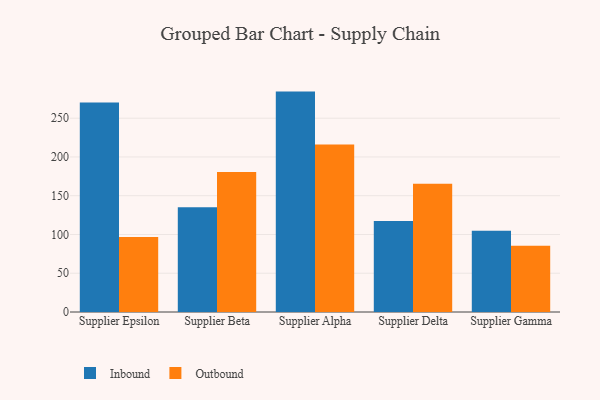
{"axis": {"x": "Supplier", "y": "Headcount"}, "legend": ["Inbound", "Outbound"], "data": [{"x": "Supplier Epsilon", "y": 270.2, "type": "Inbound"}, {"x": "Supplier Epsilon", "y": 96.6, "type": "Outbound"}, {"x": "Supplier Beta", "y": 135.2, "type": "Inbound"}, {"x": "Supplier Beta", "y": 180.7, "type": "Outbound"}, {"x": "Supplier Alpha", "y": 284.3, "type": "Inbound"}, {"x": "Supplier Alpha", "y": 216.2, "type": "Outbound"}, {"x": "Supplier Delta", "y": 117.5, "type": "Inbound"}, {"x": "Supplier Delta", "y": 165.4, "type": "Outbound"}, {"x": "Supplier Gamma", "y": 104.7, "type": "Inbound"}, {"x": "Supplier Gamma", "y": 85.5, "type": "Outbound"}]}